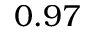
0 . 9 7